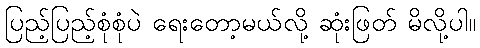
ပြည့်ပြည့်စုံစုံပဲ ရေးတော့မယ်လို့ ဆုံးဖြတ် မိလို့ပါ။